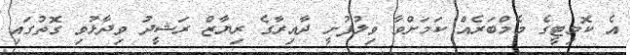
އެ ކޮމިޓީގެ މެމްބަރެއް ކަމަށްވާ ވިލުފުށީ ދާއިރާގެ ރިޔާޒް ރަޝީދު ވިދާޅުވި ގޮތުގައި